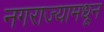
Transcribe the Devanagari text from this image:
नगराज्यामधून